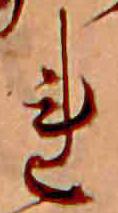
れ